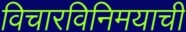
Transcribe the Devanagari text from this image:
विचारविनिमयाची